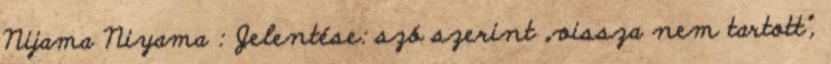
Nijama Niyama : Jelentése: szó szerint „vissza nem tartott”,